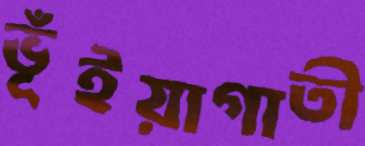
ভূঁইয়াগাতী